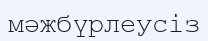
мәжбүрлеусіз